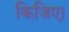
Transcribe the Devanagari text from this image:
किजिए।